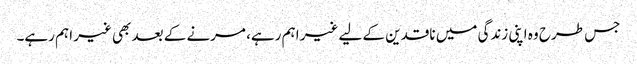
جس طرح وہ اپنی زندگی میں ناقدین کے لیے غیر اہم رہے، مرنے کے بعد بھی غیر اہم رہے۔